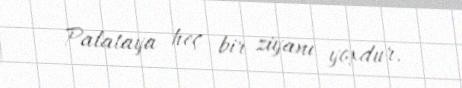
Palataya heç bir ziyanı yoxdur.